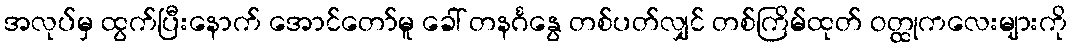
အလုပ်မှ ထွက်ပြီးနောက် အောင်တော်မူ ခေါ် တနင်္ဂနွေ တစ်ပတ်လျှင် တစ်ကြိမ်ထုတ် ဝတ္ထုကလေးများကို